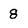
Character: 8